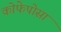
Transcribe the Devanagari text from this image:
कोफेपोसा